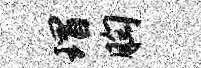
瑁胸